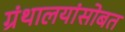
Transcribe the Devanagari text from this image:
ग्रंथालयांसोबत